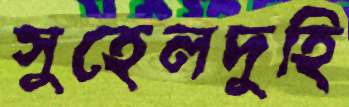
সুহেলদুহি